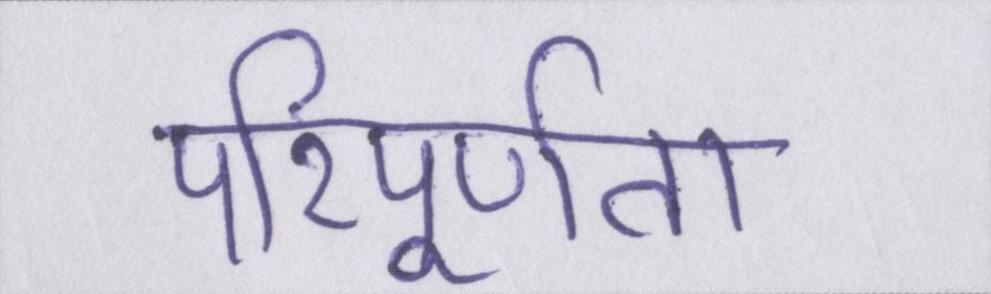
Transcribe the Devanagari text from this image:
परिपूर्णता